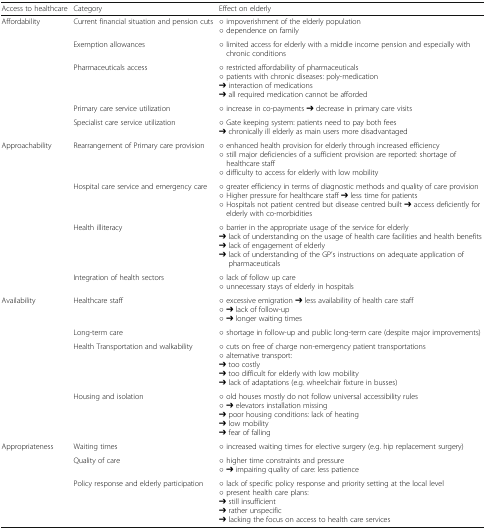
| Access to healthcare | Category | Effect on elderly |
 | --- | --- | --- |
 | <ROWSPAN=5> Affordability | Current financial situation and pension cuts | ○ impoverishment of the elderly population○ dependence on family |
 | Exemption allowances | ○ limited access for elderly with a middle income pension and especially with chronic conditions |
 | Pharmaceuticals access | ○ restricted affordability of pharmaceuticals○ patients with chronic diseases: poly-medication➔ interaction of medications➔ all required medication cannot be afforded |
 | Primary care service utilization | ○ increase in co-payments ➔ decrease in primary care visits |
 | Specialist care service utilization | ○ Gate keeping system: patients need to pay both fees➔ chronically ill elderly as main users more disadvantaged |
 | <ROWSPAN=4> Approachability | Rearrangement of Primary care provision | ○ enhanced health provision for elderly through increased efficiency○ still major deficiencies of a sufficient provision are reported: shortage of healthcare staff○ difficulty to access for elderly with low mobility |
 | Hospital care service and emergency care | ○ greater efficiency in terms of diagnostic methods and quality of care provision○ Higher pressure for healthcare staff ➔ less time for patients○ Hospitals not patient centred but disease centred built ➔ access deficiently for elderly with co-morbidities |
 | Health illiteracy | ○ barrier in the appropriate usage of the service for elderly➔ lack of understanding on the usage of health care facilities and health benefits➔ lack of engagement of elderly➔ lack of understanding of the GP’s instructions on adequate application of pharmaceuticals |
 | Integration of health sectors | ○ lack of follow up care○ unnecessary stays of elderly in hospitals |
 | <ROWSPAN=4> Availability | Healthcare staff | ○ excessive emigration ➔ less availability of health care staff○ ➔ lack of follow-up○ ➔ longer waiting times |
 | Long-term care | ○ shortage in follow-up and public long-term care (despite major improvements) |
 | Health Transportation and walkability | ○ cuts on free of charge non-emergency patient transportations○ alternative transport:➔ too costly➔ too difficult for elderly with low mobility➔ lack of adaptations (e.g. wheelchair fixture in busses) |
 | Housing and isolation | ○ old houses mostly do not follow universal accessibility rules○ ➔ elevators installation missing➔ poor housing conditions: lack of heating➔ low mobility➔ fear of falling |
 | <ROWSPAN=3> Appropriateness | Waiting times | ○ increased waiting times for elective surgery (e.g. hip replacement surgery) |
 | Quality of care | ○ higher time constraints and pressure○ ➔ impairing quality of care: less patience |
 | Policy response and elderly participation | ○ lack of specific policy response and priority setting at the local level○ present health care plans:➔ still insufficient➔ rather unspecific➔ lacking the focus on access to health care services |